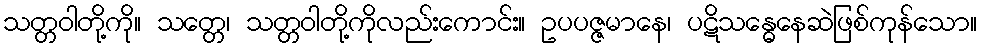
သတ္တဝါတို့ကို။ သတ္တေ၊ သတ္တဝါတို့ကိုလည်းကောင်း။ ဥပပဇ္ဇမာနေ၊ ပဋိသန္ဓေနေဆဲဖြစ်ကုန်သော။